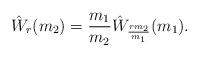
LaTeX: \begin{align*}\hat W_r(m_2) = \frac{m_1}{m_2}\hat W_{\frac{rm_2}{m_1}}(m_1).\end{align*}